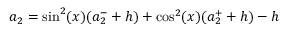
a _ { 2 } = \sin ^ { 2 } ( x ) ( a _ { 2 } ^ { - } + h ) + \cos ^ { 2 } ( x ) ( a _ { 2 } ^ { + } + h ) - h